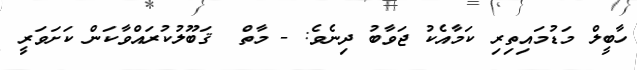
ހާބީލް މަޑުމައިތިރި ކަމާއެކު ޖަވާބު ދިނެވެ: - މާތް  ޤަބޫލުކުރައްވާކަން ކަށަވަރީ